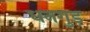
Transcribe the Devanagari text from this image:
धनगुड़